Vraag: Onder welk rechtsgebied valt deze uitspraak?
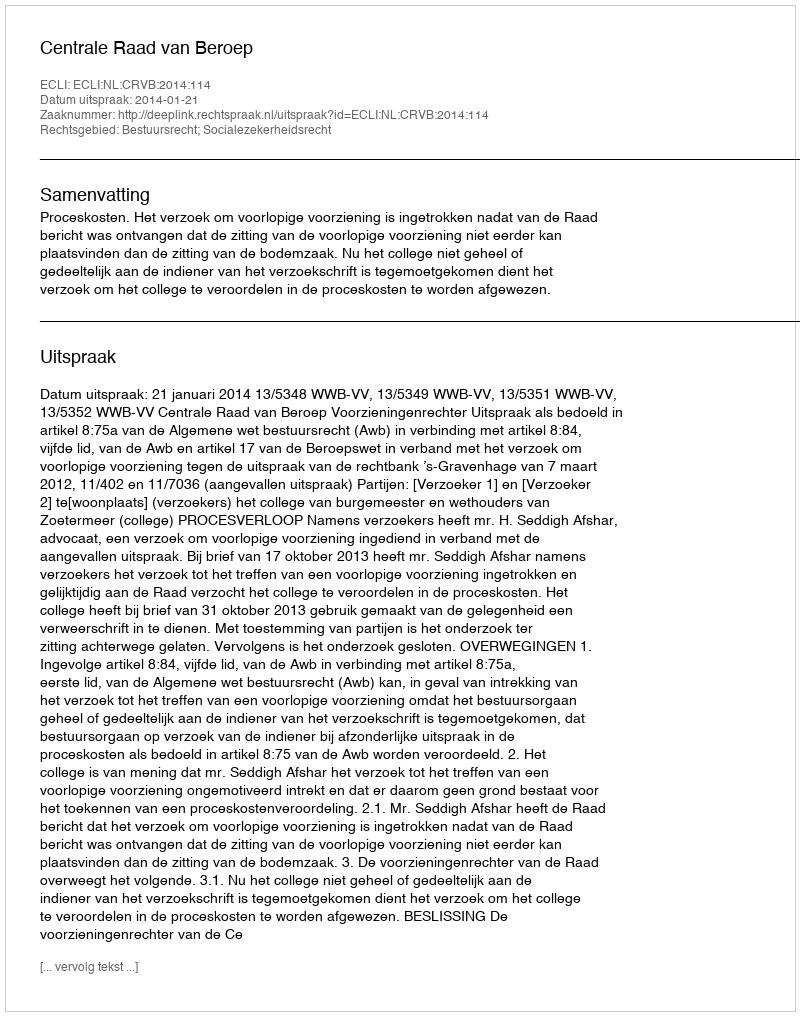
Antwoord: Bestuursrecht; Socialezekerheidsrecht